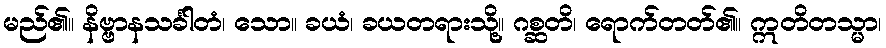
မည်၏။ နိဗ္ဗာနသင်္ခါတံ၊ သော။ ခယံ၊ ခယတရားသို့။ ဂစ္ဆတိ၊ ရောက်တတ်၏။ ဣတိတသ္မာ၊